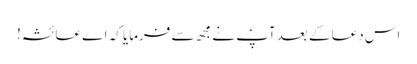
اس دعا کے بعد آپؐ نے مجھ سے فرمایا کہ اے عائشہ!